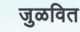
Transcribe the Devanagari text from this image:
जुळवित